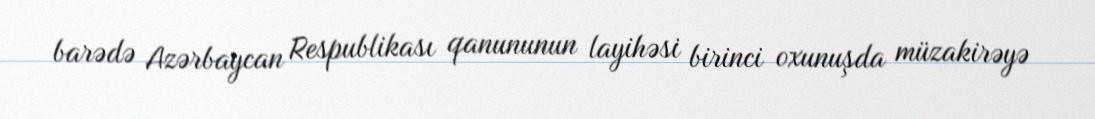
barədə Azərbaycan Respublikası qanununun layihəsi birinci oxunuşda müzakirəyə